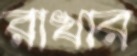
রাখার